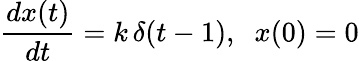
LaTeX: \frac{dx(t)}{dt}=k\, \delta(t-1),\; \; x(0)=0